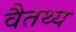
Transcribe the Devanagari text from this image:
वैतथ्य